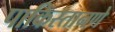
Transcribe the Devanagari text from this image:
पाकिस्तानणे